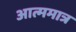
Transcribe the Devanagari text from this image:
आत्ममात्र